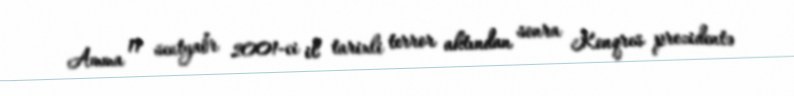
Amma 11 sentyabr 2001-ci il tarixli terror aktından sonra Konqres prezidentə